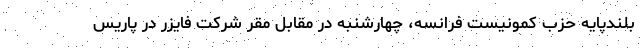
بلندپایه حزب کمونیست فرانسه، چهارشنبه در مقابل مقر شرکت فایزر در پاریس